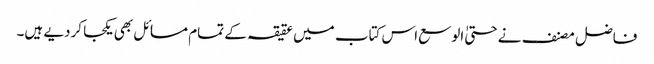
فاضل مصنف نے حتیٰ الوسع اس کتاب میں عقیقہ کے تمام مسائل بھی یکجا کردیے ہیں۔